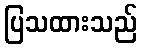
ပြသထားသည်